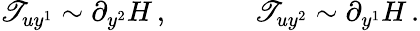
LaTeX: \mathscr{T}_{uy^{1}}\sim\partial_{y^{2}}H\, ,\quad\quad\quad\mathscr{T}_{uy^{2}}\sim\partial_{y^{1}}H\, .